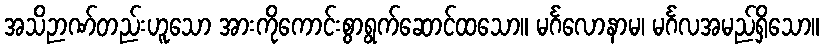
အသိဉာဏ်တည်းဟူသော အားကိုကောင်းစွာရွက်ဆောင်ထသော။ မင်္ဂလောနာမ၊ မင်္ဂလအမည်ရှိသော။